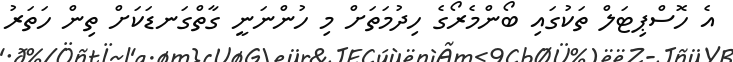
އެ ހޮސްޕިޓަލް ތަކުގައި ބޯންމެރޯގެ ހިދުމަތަށް މި ހުންނަނީ ގާތްގަނޑަކަށް ތިން ހަތަރު